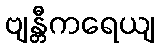
ဗျန္တီကရေယျ